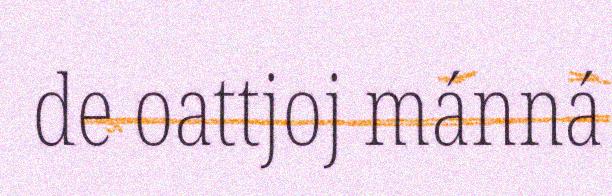
de oattjoj mánná